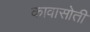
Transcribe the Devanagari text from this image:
कावासोती